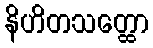
နိဟိတသတ္ထော